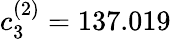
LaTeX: c_{3}^{(2)}=137.019